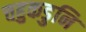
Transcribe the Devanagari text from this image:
चहुकडुनि